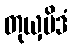
တုယှမိဒံ